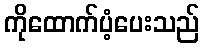
ကိုထောက်ပံ့ပေးသည်